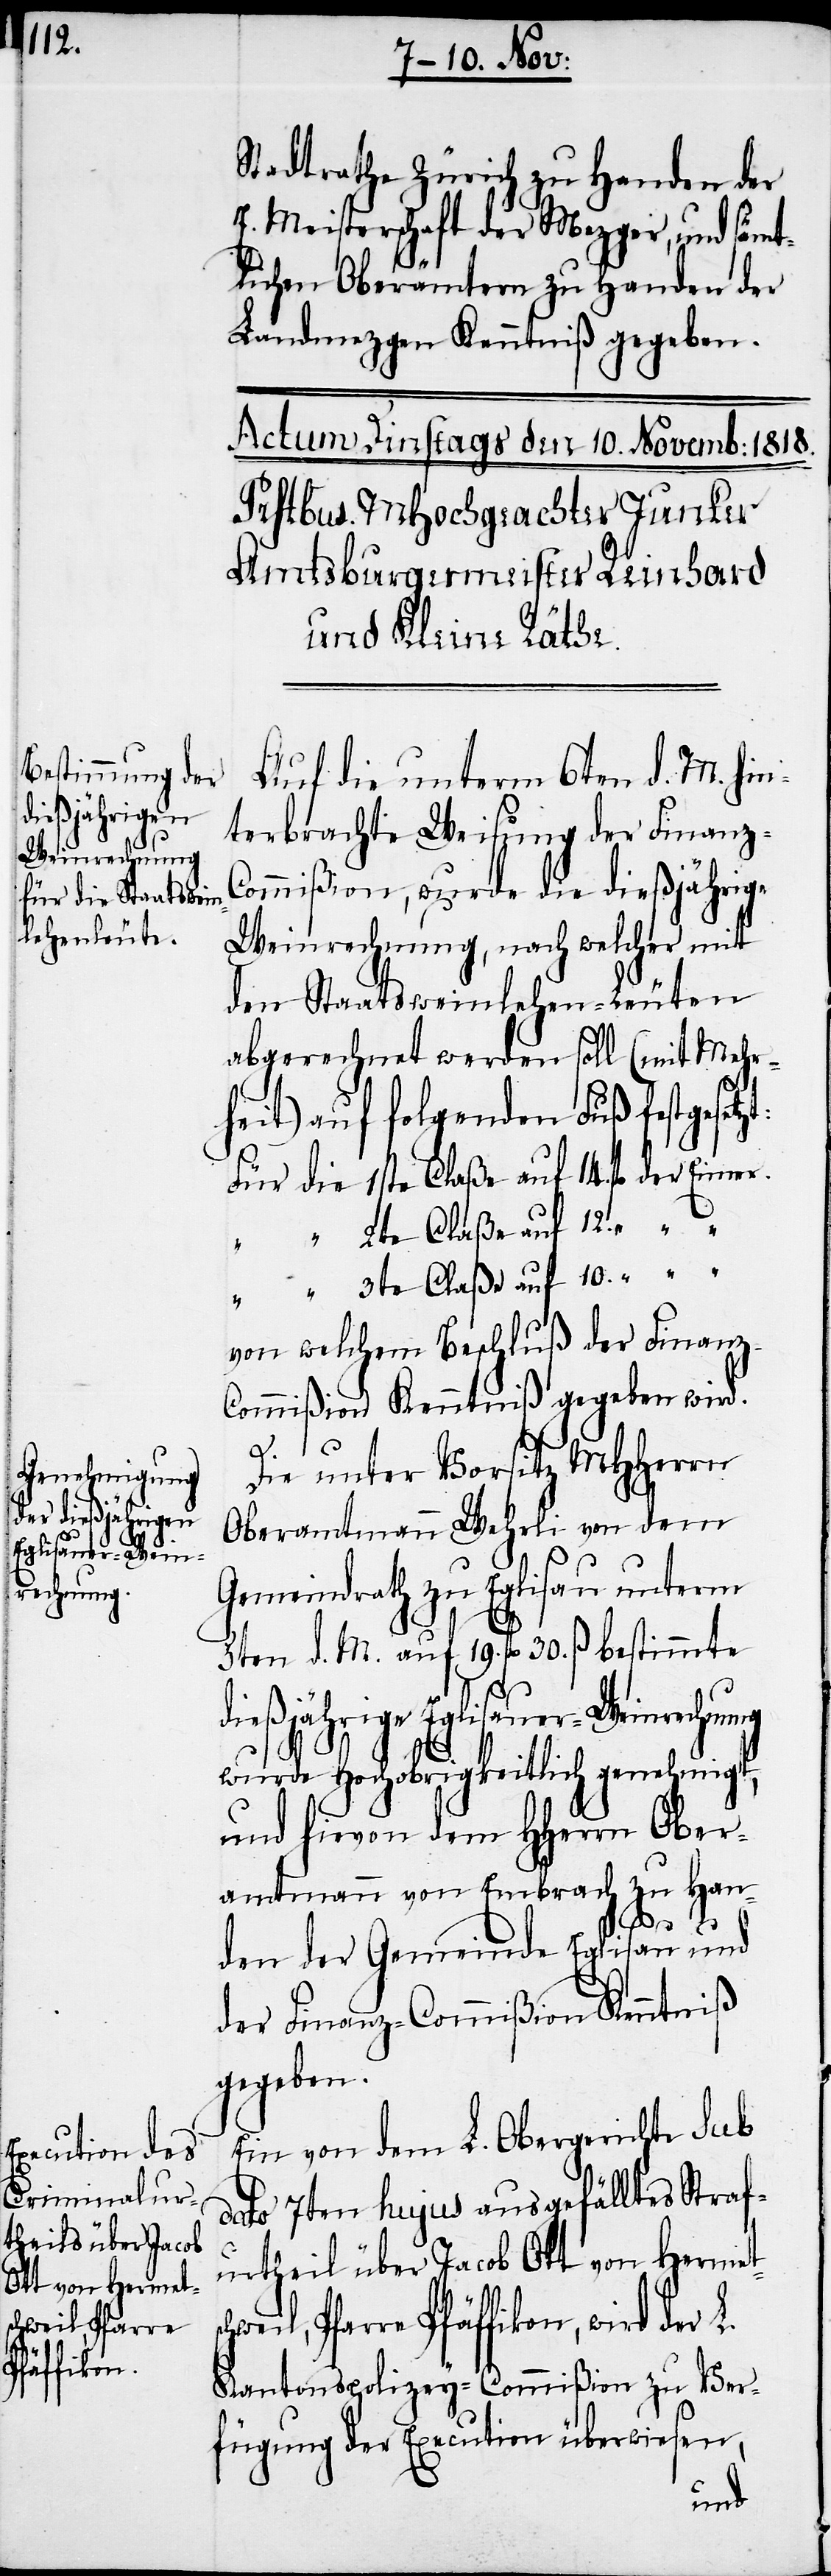
12.

chweil, Pfarre
Pfäffikon,

Stadtrathe Zürich zu Handen der
E. Meisterschaft der Mezger, und sämt¬
lichen Oberämtern zu Handen der
Landmezgen Kenntniß gegeben.
Auf die unterm 6ten d. M. hin¬
terbrachte Weisung der Finanz-C¬
ommißion, wurde die dießjährige
Weinrechnung, nach welcher mit
den Staatsweinlehen-Leuten
abgerechnet werden soll (mit Mehr¬
heit) auf folgenden Fuß festgeset¬
von welchem Beschluß der Finanz-C¬
ommißion Kenntniß gegeben wird.
“
10.
Die unter Vorsitz MHHerrn
Oberamtmann Wehrli von dem
Gemeindrath zu Eglisau unterm
5ten d. M. auf 19. fl 30. ß bestimmte
dießjährige Eglisauer-Weinrechnung
wurde Hochobrigkeitlich genehmigt,
und hievon dem HHerrn Ober¬
amtmann von Embrach zu Han¬
der L.
den der Gemeinde Eglisau und
der Finanz-Commißion Kenntniß
gegeben.
Ein von dem L. Obergerichte sub
dato 7ten hujus ausgefälltes Straf¬
urtheil über Jacob Ott von Hermets¬
Kantonspolizey-Commißion zu Ver¬
fügung der Execution überwiesen,